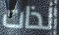
لذات